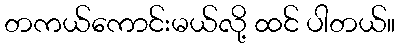
တကယ်ကောင်းမယ်လို့ ထင် ပါတယ်။